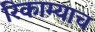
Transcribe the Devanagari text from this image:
रिकाम्याच